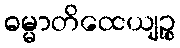
ဓမ္မာတိထေယျဉ္စ